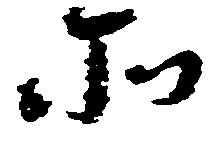
そ